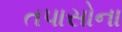
તપાસોના